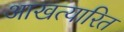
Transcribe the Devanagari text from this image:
आखत्यारित